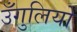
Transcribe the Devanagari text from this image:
उँगुलियों